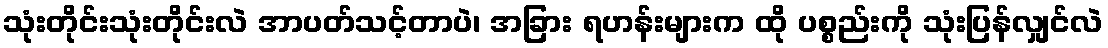
သုံးတိုင်းသုံးတိုင်းလဲ အာပတ်သင့်တာပဲ၊ အခြား ရဟန်းများက ထို ပစ္စည်းကို သုံးပြန်လျှင်လဲ